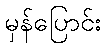
မှန်ပြောင်း